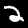
Label: 2